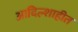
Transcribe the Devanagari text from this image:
आदिल्शाहीत